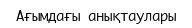
Ағымдағы анықтаулары